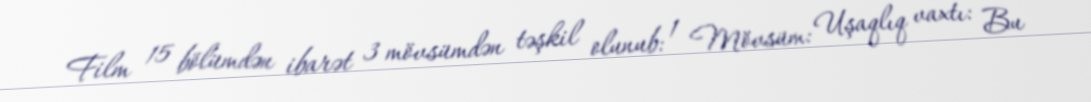
Film 15 bölümdən ibarət 3 mövsümdən təşkil olunub: 1 Mövsüm: Uşaqlıq vaxtı: Bu